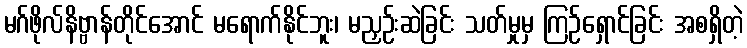
မဂ်ဖိုလ်နိဗ္ဗာန်တိုင်အောင် မရောက်နိုင်ဘူး၊ မညှဉ်းဆဲခြင်း သတ်မှုမှ ကြဉ်ရှောင်ခြင်း အစရှိတဲ့